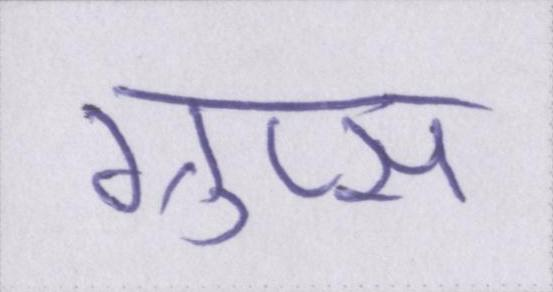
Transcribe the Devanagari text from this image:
ग्रुप्स